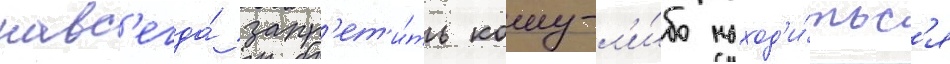
навс'егда́ запр'ет'и́ть кому-л'и́бо наход'и́тьс'я